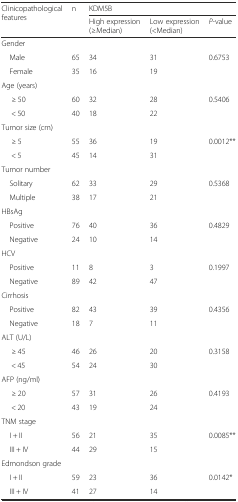
<table><thead><tr><td rowspan="2"><b>Clinicopathological features</b></td><td rowspan="2"><b>n</b></td><td colspan="3"><b>KDM5B</b></td></tr><tr><td><b>High expression(≥Median)</b></td><td><b>Low expression(&lt;Median)</b></td><td><b><i>P</i>-value</b></td></tr></thead><tbody><tr><td>Gender</td><td></td><td></td><td></td><td></td></tr><tr><td> Male</td><td>65</td><td>34</td><td>31</td><td>0.6753</td></tr><tr><td> Female</td><td>35</td><td>16</td><td>19</td><td></td></tr><tr><td>Age (years)</td><td></td><td></td><td></td><td></td></tr><tr><td>≥ 50</td><td>60</td><td>32</td><td>28</td><td>0.5406</td></tr><tr><td>&lt; 50</td><td>40</td><td>18</td><td>22</td><td></td></tr><tr><td>Tumor size (cm)</td><td></td><td></td><td></td><td></td></tr><tr><td>≥ 5</td><td>55</td><td>36</td><td>19</td><td>0.0012**</td></tr><tr><td>&lt; 5</td><td>45</td><td>14</td><td>31</td><td></td></tr><tr><td>Tumor number</td><td></td><td></td><td></td><td></td></tr><tr><td> Solitary</td><td>62</td><td>33</td><td>29</td><td>0.5368</td></tr><tr><td> Multiple</td><td>38</td><td>17</td><td>21</td><td></td></tr><tr><td>HBsAg</td><td></td><td></td><td></td><td></td></tr><tr><td> Positive</td><td>76</td><td>40</td><td>36</td><td>0.4829</td></tr><tr><td> Negative</td><td>24</td><td>10</td><td>14</td><td></td></tr><tr><td>HCV</td><td></td><td></td><td></td><td></td></tr><tr><td> Positive</td><td>11</td><td>8</td><td>3</td><td>0.1997</td></tr><tr><td> Negative</td><td>89</td><td>42</td><td>47</td><td></td></tr><tr><td>Cirrhosis</td><td></td><td></td><td></td><td></td></tr><tr><td> Positive</td><td>82</td><td>43</td><td>39</td><td>0.4356</td></tr><tr><td> Negative</td><td>18</td><td>7</td><td>11</td><td></td></tr><tr><td>ALT (U/L)</td><td></td><td></td><td></td><td></td></tr><tr><td>≥ 45</td><td>46</td><td>26</td><td>20</td><td>0.3158</td></tr><tr><td>&lt; 45</td><td>54</td><td>24</td><td>30</td><td></td></tr><tr><td>AFP (ng/ml)</td><td></td><td></td><td></td><td></td></tr><tr><td>≥ 20</td><td>57</td><td>31</td><td>26</td><td>0.4193</td></tr><tr><td>&lt; 20</td><td>43</td><td>19</td><td>24</td><td></td></tr><tr><td>TNM stage</td><td></td><td></td><td></td><td></td></tr><tr><td> I + II</td><td>56</td><td>21</td><td>35</td><td>0.0085**</td></tr><tr><td> III + IV</td><td>44</td><td>29</td><td>15</td><td></td></tr><tr><td>Edmondson grade</td><td></td><td></td><td></td><td></td></tr><tr><td> I + II</td><td>59</td><td>23</td><td>36</td><td>0.0142*</td></tr><tr><td> III + IV</td><td>41</td><td>27</td><td>14</td><td></td></tr></tbody></table>